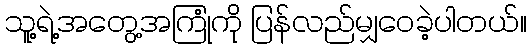
သူ့ရဲ့အတွေ့အကြုံကို ပြန်လည်မျှဝေခဲ့ပါတယ်။